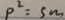
p ^ { 2 } = 5 m